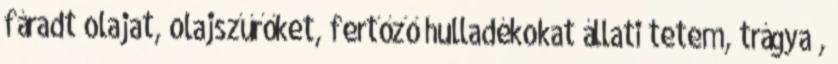
fáradt olajat, olajszűrőket, fertőző hulladékokat állati tetem, trágya ,